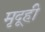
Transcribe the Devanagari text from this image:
मृदूही